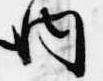
内